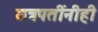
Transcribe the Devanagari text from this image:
छत्रपतींनीही